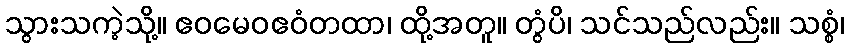
သွားသကဲ့သို့။ ဧဝမေဝဧဝံတထာ၊ ထို့အတူ။ တွံပိ၊ သင်သည်လည်း။ သစ္စံ၊